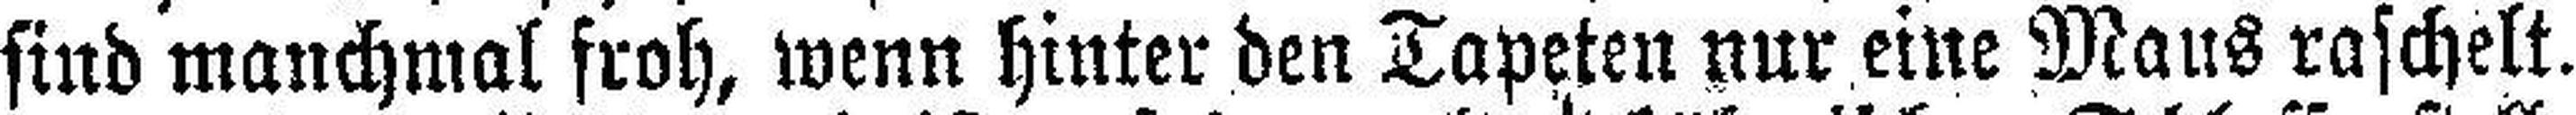
sind manchmal froh, wenn hinter den Tapeten nur eine Maus raschelt.